Leaving Certificate Examination (including Day School Certificate (Higher) General paper), 1932
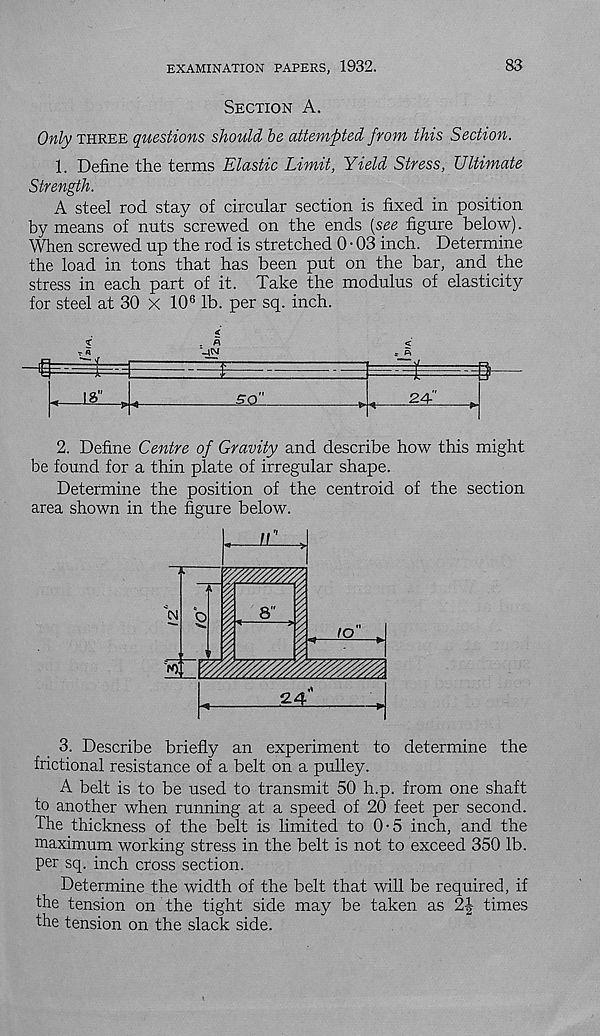
EXAMINATION PAPERS, 1932.
83
Section A.
Only three questions should be attempted from this Section.
1. Define the terms Elastic Limit, Yield Stress, Ultimate
Strength.
A steel rod stay of circular section is fixed in position
by means of nuts screwed on the ends [see figure below).
When screwed up the rod is stretched 0 • 03 inch. Determine
the load in tons that has been put on the bar, and the
stress in each part of it. Take the modulus of elasticity
for steel at 30 X 10 6 lb. per sq. inch.
. n
'-4N
i a"
so
24-
2. Define Centre of Gravity and describe how this might
be found for a thin plate of irregular shape.
Determine the position of the centroid of the section
area shown in the figure below.
3. Describe briefly an experiment to determine the
frictional resistance of a belt on a pulley.
A belt is to be used to transmit 50 h.p. from one shaft
to another when running at a speed of 20 feet per second.
The thickness of the belt is limited to 0-5 inch, and the
maximum working stress in the belt is not to exceed 350 lb.
per sq. inch cross section.
Determine the width of the belt that will be required, if
the tension on the tight side may be taken as 2| times
the tension on the slack side.